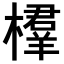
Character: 𣜘